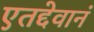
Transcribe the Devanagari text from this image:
एतद्देवानं